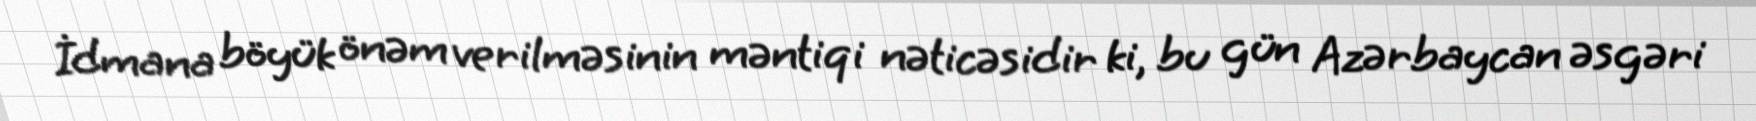
İdmana böyük önəm verilməsinin məntiqi nəticəsidir ki, bu gün Azərbaycan əsgəri